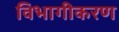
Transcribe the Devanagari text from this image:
विभागीकरण